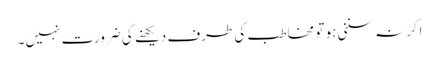
اگر نہ سننی ہو تو مخاطب کی طرف دیکھنے کی ضرورت نہیں۔